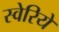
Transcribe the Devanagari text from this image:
स्वेरिये